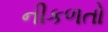
નીકળતો